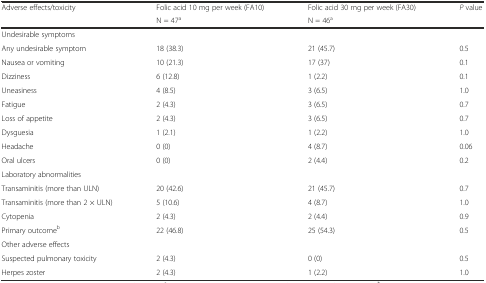
<table><thead><tr><td rowspan="2"><b>Adverse effects/toxicity</b></td><td><b>Folic acid 10 mg per week (FA10)</b></td><td><b>Folic acid 30 mg per week (FA30)</b></td><td rowspan="2"><b><i>P</i> value</b></td></tr><tr><td><b>N = 47<sup>a</sup></b></td><td><b>N = 46<sup>a</sup></b></td></tr></thead><tbody><tr><td>Undesirable symptoms</td><td></td><td></td><td></td></tr><tr><td>Any undesirable symptom</td><td>18 (38.3)</td><td>21 (45.7)</td><td>0.5</td></tr><tr><td>Nausea or vomiting</td><td>10 (21.3)</td><td>17 (37)</td><td>0.1</td></tr><tr><td>Dizziness</td><td>6 (12.8)</td><td>1 (2.2)</td><td>0.1</td></tr><tr><td>Uneasiness</td><td>4 (8.5)</td><td>3 (6.5)</td><td>1.0</td></tr><tr><td>Fatigue</td><td>2 (4.3)</td><td>3 (6.5)</td><td>0.7</td></tr><tr><td>Loss of appetite</td><td>2 (4.3)</td><td>3 (6.5)</td><td>0.7</td></tr><tr><td>Dysguesia</td><td>1 (2.1)</td><td>1 (2.2)</td><td>1.0</td></tr><tr><td>Headache</td><td>0 (0)</td><td>4 (8.7)</td><td>0.06</td></tr><tr><td>Oral ulcers</td><td>0 (0)</td><td>2 (4.4)</td><td>0.2</td></tr><tr><td>Laboratory abnormalities</td><td></td><td></td><td></td></tr><tr><td>Transaminitis (more than ULN)</td><td>20 (42.6)</td><td>21 (45.7)</td><td>0.7</td></tr><tr><td>Transaminitis (more than 2 × ULN)</td><td>5 (10.6)</td><td>4 (8.7)</td><td>1.0</td></tr><tr><td>Cytopenia</td><td>2 (4.3)</td><td>2 (4.4)</td><td>0.9</td></tr><tr><td>Primary outcome<sup>b</sup></td><td>22 (46.8)</td><td>25 (54.3)</td><td>0.5</td></tr><tr><td>Other adverse effects</td><td></td><td></td><td></td></tr><tr><td>Suspected pulmonary toxicity</td><td>2 (4.3)</td><td>0 (0)</td><td>0.5</td></tr><tr><td>Herpes zoster</td><td>2 (4.3)</td><td>1 (2.2)</td><td>1.0</td></tr></tbody></table>